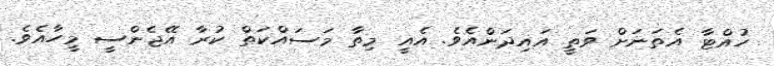
ހުއްޓާ އެތަނަށް ވަތީ އައިދަންއެވެ. އެއީ މިތާ މަސައްކަތް ކުރާ އޭޖެންސީ މީހާއެވެ.